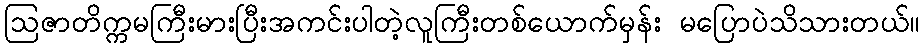
ဩဇာတိက္ကမကြီးမားပြီးအကင်းပါတဲ့လူကြီးတစ်ယောက်မှန်း မပြောပဲသိသားတယ်။